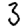
Digit: 3